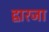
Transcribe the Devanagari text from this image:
द्वारजा